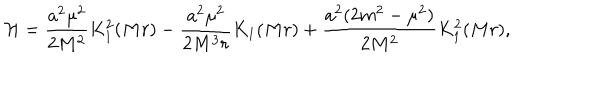
{ \cal H } = \frac { a ^ { 2 } \mu ^ { 2 } } { 2 M ^ { 2 } } K _ { 1 } ^ { 2 } ( M r ) - \frac { a ^ { 2 } \mu ^ { 2 } } { 2 M ^ { 3 } r } K _ { 1 } ( M r ) + \frac { a ^ { 2 } ( 2 m ^ { 2 } - \mu ^ { 2 } ) } { 2 M ^ { 2 } } K _ { 1 } ^ { 2 } ( M r ) ,